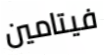
فيتامين